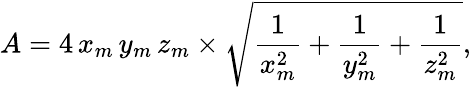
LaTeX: A=4\, x_{m}\, y_{m}\, z_{m}\times{\sqrt{{\frac{1}{x_{m}^{2}}}+{\frac{1}{y_{m}^{2}}}+{\frac{1}{z_{m}^{2}}}}},